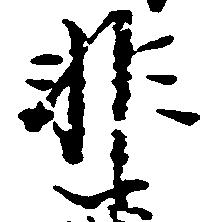
非